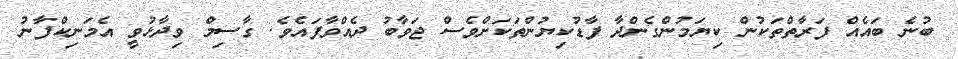
ބުނެ ބައެއް ފަރާތްތަކުން ކިޔަމުންގެންދާ ފާޑުކިޔުންތަކަށްވެސް ޖަވާބު ދެއްވާފައެވެ. ގާސިމް ވިދާޅުވީ އެމަނިކްފާނު